Annual administration report of the Civil Veterinary Department of India - 1901-1902
Year: 1901
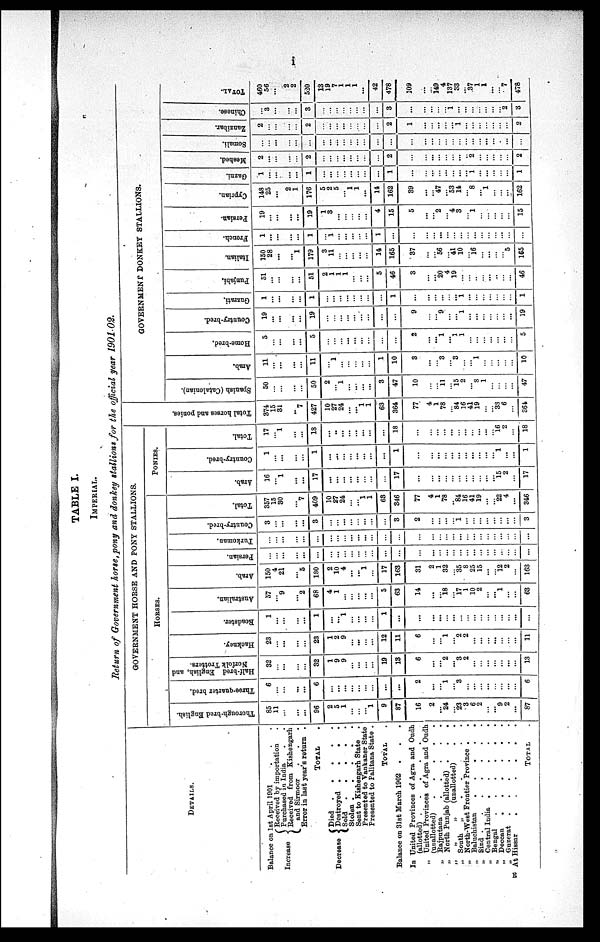
i
TABLE I.
IMPERIAL.
Return of Government horse, pony and donkey stallions for the official year 1901-02.
DETAILS.
Balance on 1st April 1901 . . .
Increase
Received by importation
Purchased in India
. .
Received from Kishengarh
and Sirmoor . . .
Error in last year's return .
TOTAL .
Decrease
Died
.
.
.
.
.
Destroyed .
. . .
sold . . . . .
Stolen
.
.
.
.
.
Sent to Kishengarh State .
Presented to Vankaner State
Presented to Palitana State .
TOTAL.
Balance on 31st March 1902 . . .
In United Provinces of Agra and Oudh
(allotted)
.
.
.
.
„ United Provinces of Agra and Oudh
(unallotted)
.
.
.
.
.
„ Rajputana
.
.
.
.
.
„ North Punjab (allotted) .
.
.
„
„
„
(unallotted)
„ South
„
.
.
.
.
„ North-West Frontier Province . .
., Baluchistan
.
.
.
.
.
„ Sind
.
.
.
.
.
„ Central India
.
.
.
.
.
„ Bengal
.
.
.
.
.
„ Deccan
.
.
.
.
.
„ Guzerat
.
.
.
.
.
At Hissar
.
.
.
.
.
TOTAL .
GOVERNMENT HORSE AND PONY STALLIONS.
HORSES.
Thorough-bred English.
85
11
...
... ...
...
96
2
5
1
...
...
... 1
9
87
16
2
...
24
...
23
3
6
2
... ...
9
2
...
87
Three-quarter bred.
6
...
...
... ...
...
6
...
...
...
... ...
...
...
...
...
2
...
... 1
...
3
...
...
...
...
...
...
...
...
6
Half-bred English, and
Norfolk Trotters.
32
... ...
...
...
...
32
1
9
9
... ...
... ...
19
13
6
...
...
2
...
3
2
...
...
...
...
...
...
...
13
Hackney.
23
...
...
...
...
...
23
1
2
9
...
...
...
12
11
6
...
...
1
... 2
2
...
...
...
...
...
... ...
11
Roadster.
1
...
...
...
...
...
1
...
...
1
...
...
...
1
...
...
...
...
...
...
...
...
...
...
...
...
... ...
...
Australian.
57
... 9
...
... 2
68
4
1
...
...
...
... ...
5
63
14
...
18
17
1
10
2
...
...
1
...
...
63
Arab.
150
4
21
...
...
5
180
2
10
4
...
......
1
...
17
163
31
2
1
32
35
8
25
15
... ...
12
2
...
163
Persian.
...
...
...
...
...
...
...
...
...
...
...
...
...
...
...
...
...
...
...
...
...
...
...
...
...
...
...
...
...
...
Turkoman.
...
...
......
...
...
...
...
...
...
...
...
...
...
...
...
...
...
...
...
...
...
...
...
...
...
...
...
...
...
...
...
Country-bred.
...
...
......
...
...
...
3
...
...
...
...
...
...
...
3
2
...
...
...
... 1
...
...
...
...
...
...
...
...
3
Total.
357
15
30
...
...
7
409
10
27
24
...
1
1
63
346
77
4
1
78
... 81
16
41
19
...
...
22
4
...
346
PONIES.
Arab.
16
... 1
...
...
...
17
...
...
...
...
...
... ...
...
17
...
...
...
...
...
...
...
...
...
... ...
15
2
...
17
Country-bred.
1
...
......
...
...
...
1
...
...
...
...
... ...
...
1
...
...
...
...
...
...
...
...
...
... ...
1
... ...
1
Total.
17
... 1
...
...
...
18
...
...
...
...
...
... ...
...
18
...
...
...
...
...
...
...
...
...
...
16
2
...
18
Tot al hor s es and ponies.
374
15
31
...
...
7
427
10
27
24
...
1
1
63
364
77
4
1
78
... 84
16
41
19
...
...
38
6
...
364
GOVERNMENT DONKEY STALLIONS.
Spanish (Catalonian).
50
...
...
...
...
...
50
2
... 1
...
... ...
3
47
10
...
... 11
...
15
2
...
8
1
...
...
...
...
47
Arab.
11
...
...
...
...
...
11
...
1
...
...
...
...
...
1
10
3
...
...
3
... 3
...
...
1
...
...
...
...
...
10
Home-bred.
5
...
...
...
...
...
5
...
...
...
...
...
...
...
...
...
2
...
... 1
... 1
1
...
...
...
...
...
...
...
5
Country-bred.
19
...
...
...
...
...
19
...
...
...
...
...
... ...
...
...
9
...
...
9
...
... 1
...
...
...
...
...
...
...
19
Guzrati.
1
...
...
...
...
...
1
...
...
...
...
...
...
...
...
1
...
...
...
...
...
... 1
...
...
...
...
...
...
...
1
Punjabi.
51
...
...
...
...
...
51
2
1
1
1
...
...
...
5
46
3
...
...
20
4
19
...
...
...
...
...
...
...
...
46
Italian.
150
28
...
...
... 1
179
3
11
...
...
...
... ...
14
165
37
...
... 56
... 41
10
...
16
...
...
...
... 5
165
French.
1
...
...
...
...
...
1
1
...
...
...
...
...
1
...
...
...
...
...
...
...
...
...
...
...
...
...
...
...
Persian.
19
...
...
... ...
...
19
1
3
...
...
... ...
4
15
5
...
... 2
... 4
3
...
1
...
...
...
...
...
15
Cyprian.
148
25
...
... 2
1
176
5
2
5
... 1
1
...
14
162
39
...
...
47
... 53
14
...
8
... 1
...
...
...
162
Gazni.
1
...
...
...
...
1
...
...
...
...
...
...
1
...
...
...
...
...
...
...
...
1
...
...
...
...
...
1
Meshed.
2
...
...
...
...
...
2
...
...
...
...
...
...
...
...
2
...
...
...
...
...
...
...
...
..
2
...
...
...
...
...
2
Somali.
...
...
...
...
...
...
...
...
...
...
...
...
...
...
...
...
...
...
...
...
...
...
...
...
...
...
...
...
...
...
...
Zanzibar.
2
...
...
...
...
...
2
...
...
...
...
...
...
...
...
2
1
...
...
...
...
...
... 1
...
...
...
...
...
...
...
2
Chinese.
...
3
...
...
...
...
3
...
...
...
...
...
...
...
...
3
...
...
...
...
...
...
1
...
...
...
...
...
...
... 2
3
TOTAL.
460
56
...
2
2
520
13
19
7
1
1
1
...
42
478
109
...
...
...
149
4
137
33
...
37
1
1
...
... 7
478
E